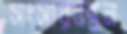
সংসারবন্ধন